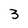
Character: 3